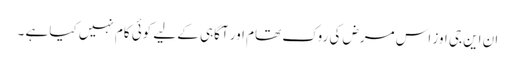
ان این جی اوز اس مرض کی روک تھام اور آگاہی کے لیے کوئی کام نہیں کیا ہے ۔